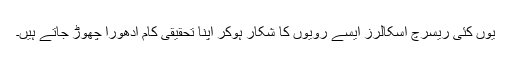
یوں کئی ریسرچ اسکالرز ایسے رویوں کا شکار ہوکر اپنا تحقیقی کام ادھورا چھوڑ جاتے ہیں۔